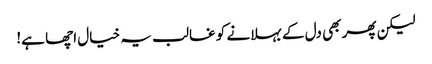
لیکن پھر بھی دل کے بہلانے کو غالب یہ خیال اچھا ہے!